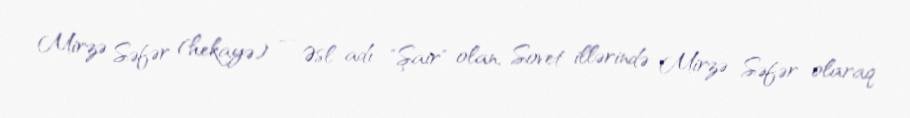
Mirzə Səfər (hekayə) — Əsl adı "Şair" olan, Sovet illərində Mirzə Səfər olaraq